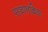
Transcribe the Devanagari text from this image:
पहचानक्रिया